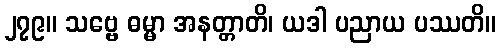
၂၇၉။ သဗ္ဗေ ဓမ္မာ အနတ္တာတိ၊ ယဒါ ပညာယ ပဿတိ။